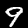
Label: 9